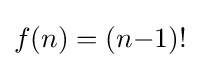
f(n)=(n{-}1)!